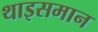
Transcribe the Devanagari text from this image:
थाइसमान